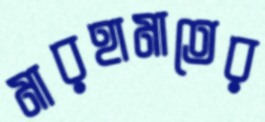
মারহামাতের